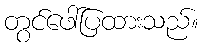
တွင်ဖေါ်ပြထားသည်။